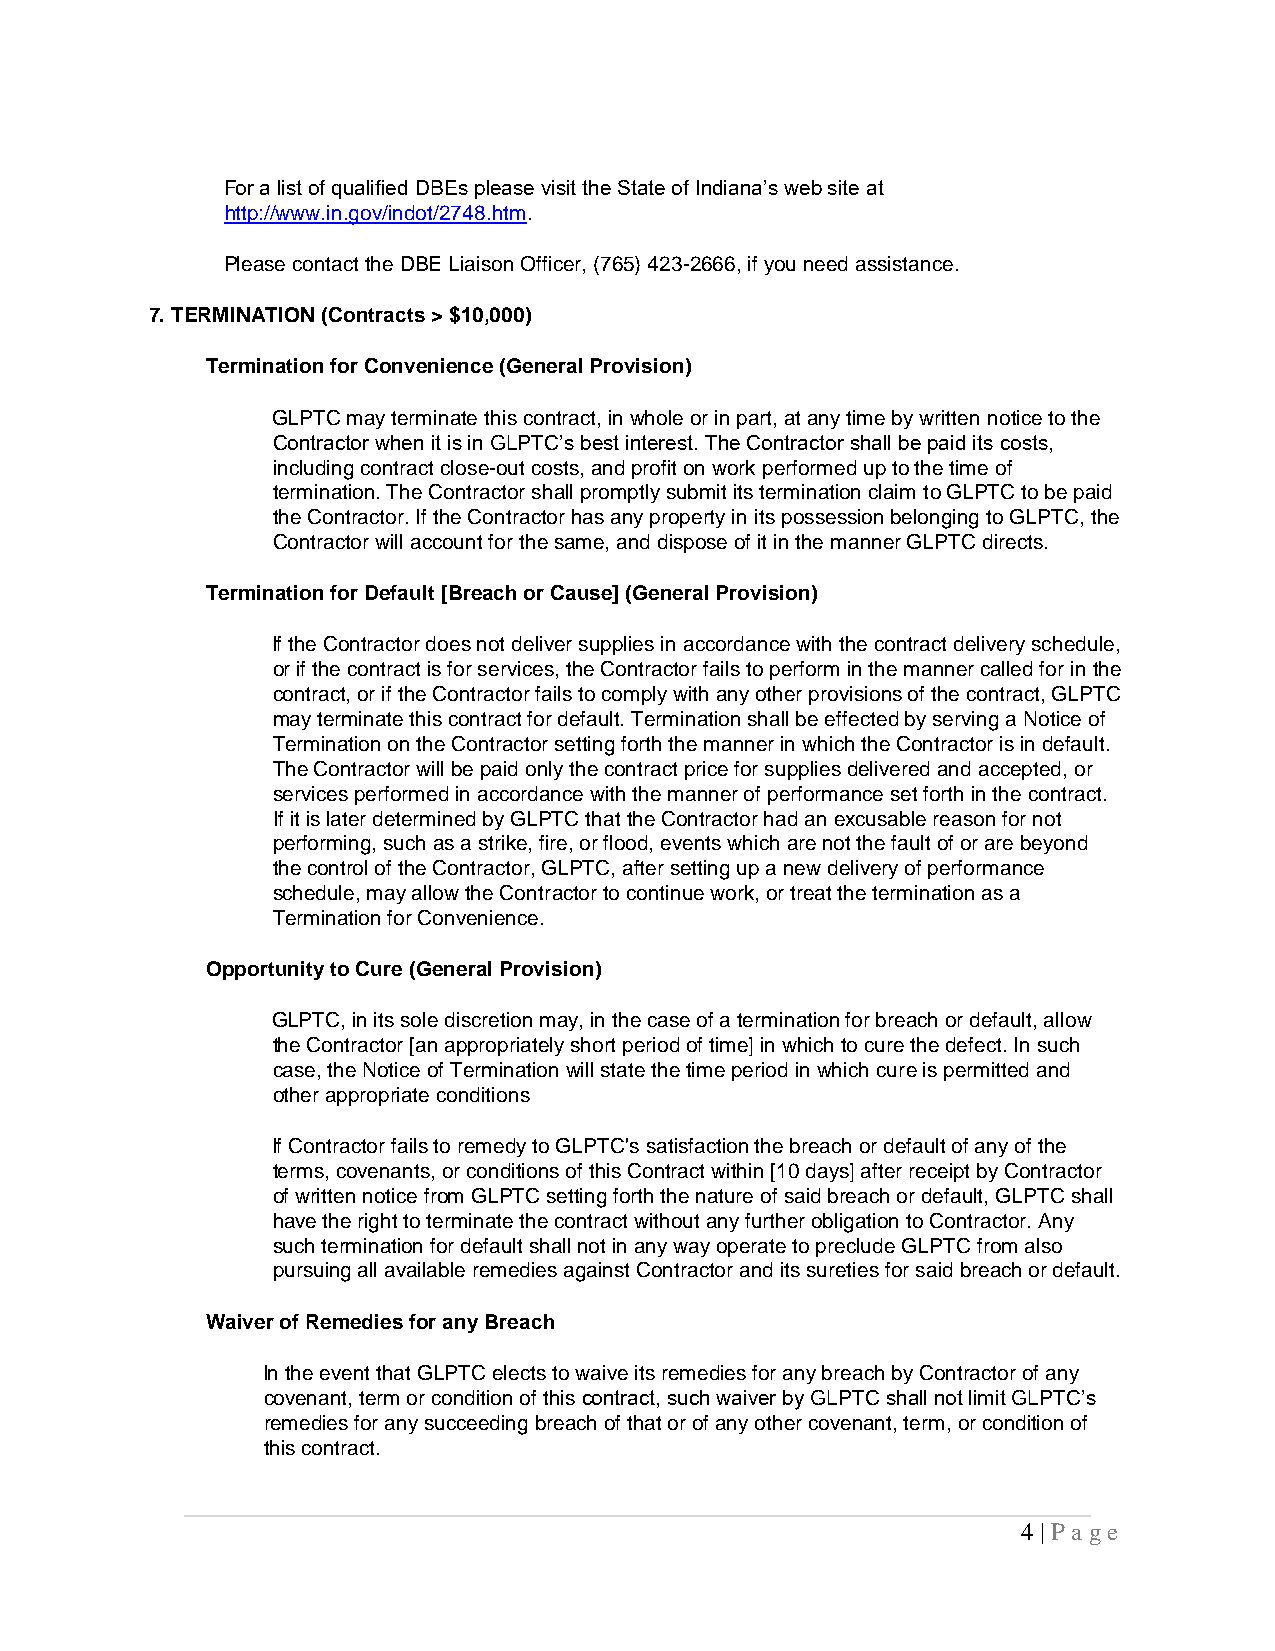
For a list of qualified DBEs please visit the State of Indiana’s web site at
 http://www.in.gov/indot/2748.htm.
 Please contact the DBE Liaison Officer, (765) 423-2666, if you need assistance.
 7. TERMINATION (Contracts > $10,000)
 Termination for Convenience (General Provision)
 GLPTC may terminate this contract, in whole or in part, at any time by written notice to the
 Contractor when it is in GLPTC’s best interest. The Contractor shall be paid its costs,
 including contract close-out costs, and profit on work performed up to the time of
 termination. The Contractor shall promptly submit its termination claim to GLPTC to be paid
 the Contractor. If the Contractor has any property in its possession belonging to GLPTC, the
 Contractor will account for the same, and dispose of it in the manner GLPTC directs.
 Termination for Default [Breach or Cause] (General Provision)
 If the Contractor does not deliver supplies in accordance with the contract delivery schedule,
 or if the contract is for services, the Contractor fails to perform in the manner called for in the
 contract, or if the Contractor fails to comply with any other provisions of the contract, GLPTC
 may terminate this contract for default. Termination shall be effected by serving a Notice of
 Termination on the Contractor setting forth the manner in which the Contractor is in default.
 The Contractor will be paid only the contract price for supplies delivered and accepted, or
 services performed in accordance with the manner of performance set forth in the contract.
 If it is later determined by GLPTC that the Contractor had an excusable reason for not
 performing, such as a strike, fire, or flood, events which are not the fault of or are beyond
 the control of the Contractor, GLPTC, after setting up a new delivery of performance
 schedule, may allow the Contractor to continue work, or treat the termination as a
 Termination for Convenience.
 Opportunity to Cure (General Provision)
 GLPTC, in its sole discretion may, in the case of a termination for breach or default, allow
 the Contractor [an appropriately short period of time] in which to cure the defect. In such
 case, the Notice of Termination will state the time period in which cure is permitted and
 other appropriate conditions
 If Contractor fails to remedy to GLPTC's satisfaction the breach or default of any of the
 terms, covenants, or conditions of this Contract within [10 days] after receipt by Contractor
 of written notice from GLPTC setting forth the nature of said breach or default, GLPTC shall
 have the right to terminate the contract without any further obligation to Contractor. Any
 such termination for default shall not in any way operate to preclude GLPTC from also
 pursuing all available remedies against Contractor and its sureties for said breach or default.
 Waiver of Remedies for any Breach
 In the event that GLPTC elects to waive its remedies for any breach by Contractor of any
 covenant, term or condition of this contract, such waiver by GLPTC shall not limit GLPTC’s
 remedies for any succeeding breach of that or of any other covenant, term, or condition of
 this contract.
 4 | P a g e